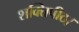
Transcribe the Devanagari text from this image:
शक्तिपीठ।